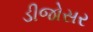
ડીજોસર